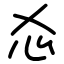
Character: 㣻